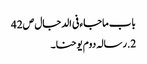
باب ماجاء فی الدجال ص42
2.رسالہ دوم یوحنا۔